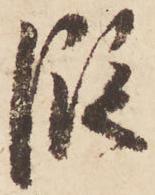
段